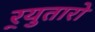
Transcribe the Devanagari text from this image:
र्‍युतारो